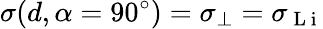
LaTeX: \sigma(d,\alpha=90^{\circ})=\sigma_{\perp}=\sigma_{\mathrm{~L~i~}}